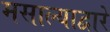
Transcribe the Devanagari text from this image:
मसाल्याद्वारे